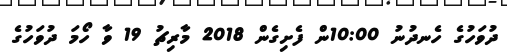
ދުވަހުގެ ހެނދުނު 10:00ން ފެށިގެން 2018 މާރިޗު 19 ވާ ހޯމަ ދުވަހުގެ